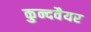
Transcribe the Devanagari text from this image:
कुन्दवैयर